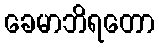
ခေမာဘိရတော